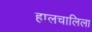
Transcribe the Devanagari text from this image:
हालचालिला